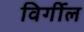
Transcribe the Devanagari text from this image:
विर्गील